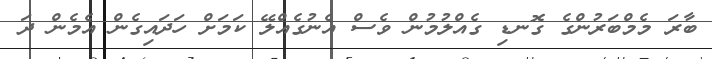
ބާރަ މެމްބަރުންގެ ގޮނޑި ގެއްލުމުން ވެސް އެނުގެއްލޭ ކަމަށް ހަދައިގެން އެމެން ދަ